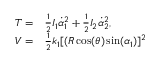
\begin{array} { r l } { T = } & { { } \frac { 1 } { 2 } I _ { 1 } \dot { \alpha } _ { 1 } ^ { 2 } + \frac { 1 } { 2 } I _ { 2 } \dot { \alpha } _ { 2 } ^ { 2 } , } \\ { V = } & { { } \frac { 1 } { 2 } k _ { 1 } [ ( R \cos ( \theta ) \sin ( \alpha _ { 1 } ) ] ^ { 2 } } \end{array}